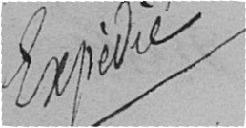
Expédié